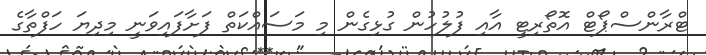
ޓްރާންސްޕޯޓް އޮތޯރިޓީ އާއި ފުލުހުން ގުޅިގެން މި މަސައްކަތް ފަށާފައިވަނީ މިދިޔަ ހަފްތާގެ